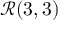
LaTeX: { \mathcal { R } } ( 3 , 3 )